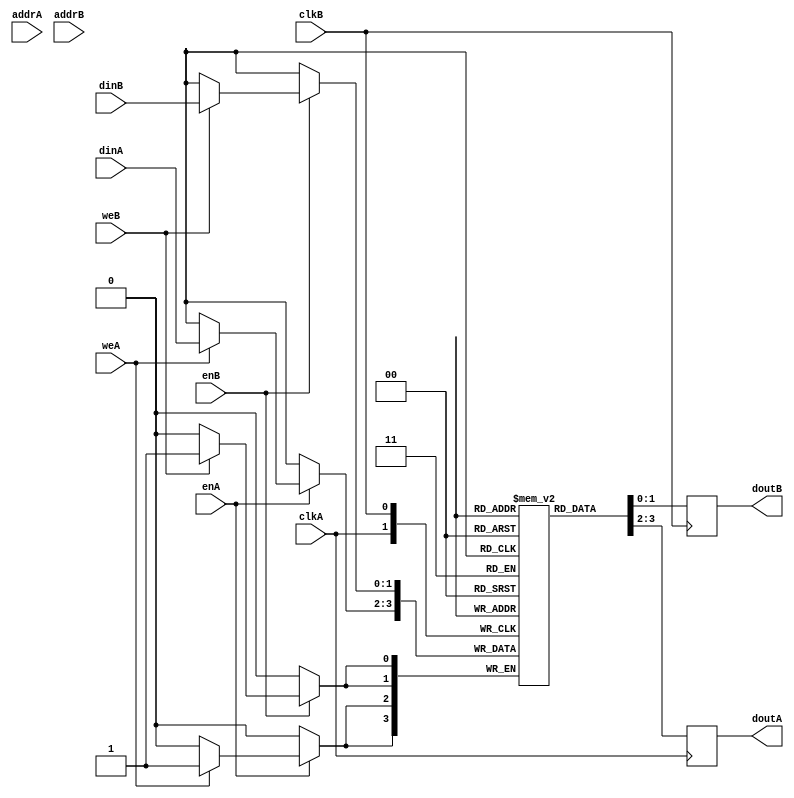
// This program was cloned from: https://github.com/IObundle/iob-mem
// License: MIT License

`timescale 1 ns / 1 ps

module iob_ram_tdp
  #(
    parameter HEXFILE = "none",
    parameter DATA_W = 0,
    parameter ADDR_W = 0
    )
   (
    // Port A
    input                     clkA,
    input [(DATA_W-1):0]      dinA,
    input [(ADDR_W-1):0]      addrA,
    input                     enA,
    input                     weA,
    output reg [(DATA_W-1):0] doutA,

    // Port B
    input                     clkB,
    input [(DATA_W-1):0]      dinB,
    input [(ADDR_W-1):0]      addrB,
    input                     enB,
    input                     weB,
    output reg [(DATA_W-1):0] doutB
    );

   //this allows ISE 14.7 to work; do not remove
   localparam mem_init_file_int = HEXFILE;

   // Declare the RAM
   reg [DATA_W-1:0]           ram[2**ADDR_W-1:0];

   // Initialize the RAM
   initial
     if(mem_init_file_int != "none")
       $readmemh(mem_init_file_int, ram, 0, 2**ADDR_W - 1);

   //read port
   always @ (posedge clkA) begin// Port A
      if (enA)
        if (weA)
	        ram[addrA] <= dinA;
      `ifdef IS_CYCLONEV
        else
      `endif
      doutA <= ram[addrA];
    end

   //write port
   always @ (posedge clkB) begin // Port B
      if (enB)
        if (weB)
	        ram[addrB] <= dinB;
      `ifdef IS_CYCLONEV
        else
      `endif
	    doutB <= ram[addrB];
    end
 endmodule